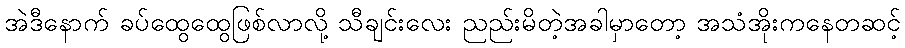
အဲဒီနောက် ခပ်ထွေထွေဖြစ်လာလို့ သီချင်းလေး ညည်းမိတဲ့အခါမှာတော့ အသံအိုးကနေတဆင့်